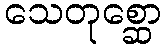
သေတုစ္ဆော